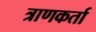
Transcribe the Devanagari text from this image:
त्राणकर्ता